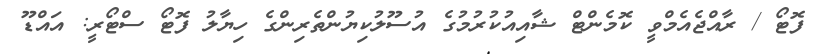
ފޮޓޯ / ރާއްޖެއެމްވީ ކޮމެންޓް ޝާއިއުކުރުމުގެ އުސޫލުކިޔުންތެރިންގެ ހިޔާލު ފޮޓޯ ސްޓޯރީ: އައްޑޫ